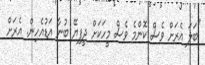
"ބަލަ އެރަށް ވެސް ކޮންމެ ވެސް މީހަކަށް ދީފިޔޭ ބުނާ އަޑުއެހިން. އެރަށް